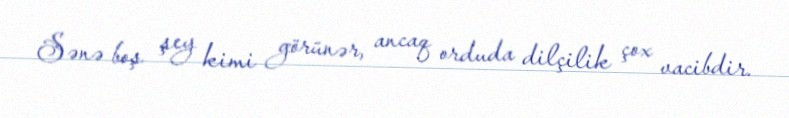
Sənə boş şey kimi görünər, ancaq orduda dilçilik çox vacibdir.